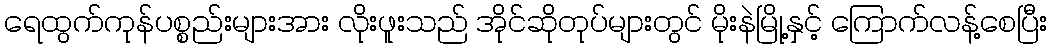
ရေထွက်ကုန်ပစ္စည်းများအား လိုးဖူးသည် အိုင်ဆိုတုပ်များတွင် မိုးနဲမြို့နှင့် ကြောက်လန့်စေပြီး